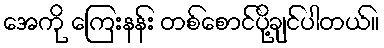
အေကို ကြေးနန်း တစ်စောင်ပို့ချင်ပါတယ်။